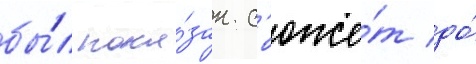
бы́л пока́зан с'юже́т до́